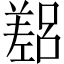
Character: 𫶴